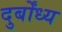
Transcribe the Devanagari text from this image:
दुर्बोंध्य